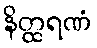
နိတ္ထရဏံ